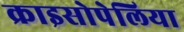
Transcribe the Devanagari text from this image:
क्राइसोपेलिया